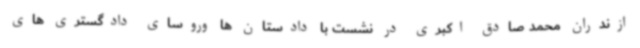
ازندران محمد صادق اکبری در نشست با دادستان ها وروسای دادگستری های